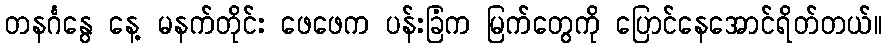
တနင်္ဂနွေ နေ့ မနက်တိုင်း ဖေဖေက ပန်းခြံက မြက်တွေကို ပြောင်နေအောင်ရိတ်တယ်။